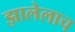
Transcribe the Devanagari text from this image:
झालेलाच